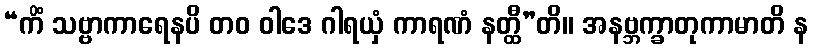
“ကိံ သဗ္ဗာကာရေနပိ တဝ ဝါဒေ ဂါရယှံ ကာရဏံ နတ္ထီ”တိ။ အနဗ္ဘက္ခာတုကာမာတိ န